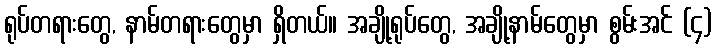
ရုပ်တရားတွေ, နာမ်တရားတွေမှာ ရှိတယ်။ အချို့ရုပ်တွေ, အချို့နာမ်တွေမှာ စွမ်းအင် (၄)